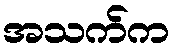
အသက်က